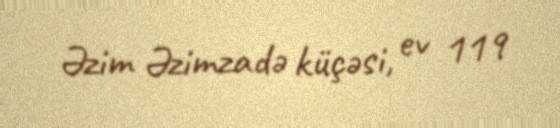
Əzim Əzimzadə küçəsi, ev 119